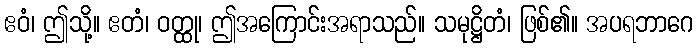
ဧဝံ၊ ဤသို့။ ဧတံ၊ ဝတ္ထု၊ ဤအကြောင်းအရာသည်။ သမုဋ္ဌိတံ၊ ဖြစ်၏။ အပရဘာဂေ